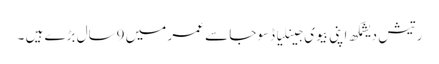
رتیش دیشمکھ اپنی بیوی جینلیا ڈسوجا سے عمر میں 9سال بڑے ہیں ۔